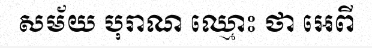
សម័យ បុរាណ ឈ្មោះ ថា អេពី